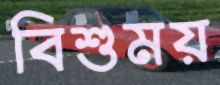
বিশুময়